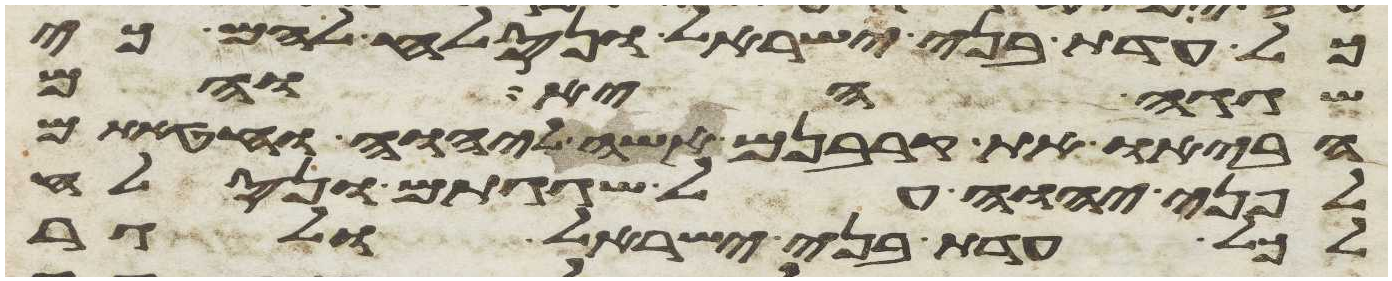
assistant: כל עדת בני ישראל ונסלח להם כי
שגגה היא והם
הביאו את קרבנם אשה ליהוה וחטאתם
לפני יהוה על שגגתם ונסלח
לכל עדת בני ישראל ולגר